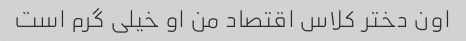
اون دختر کلاس اقتصاد من او خیلی گرم است